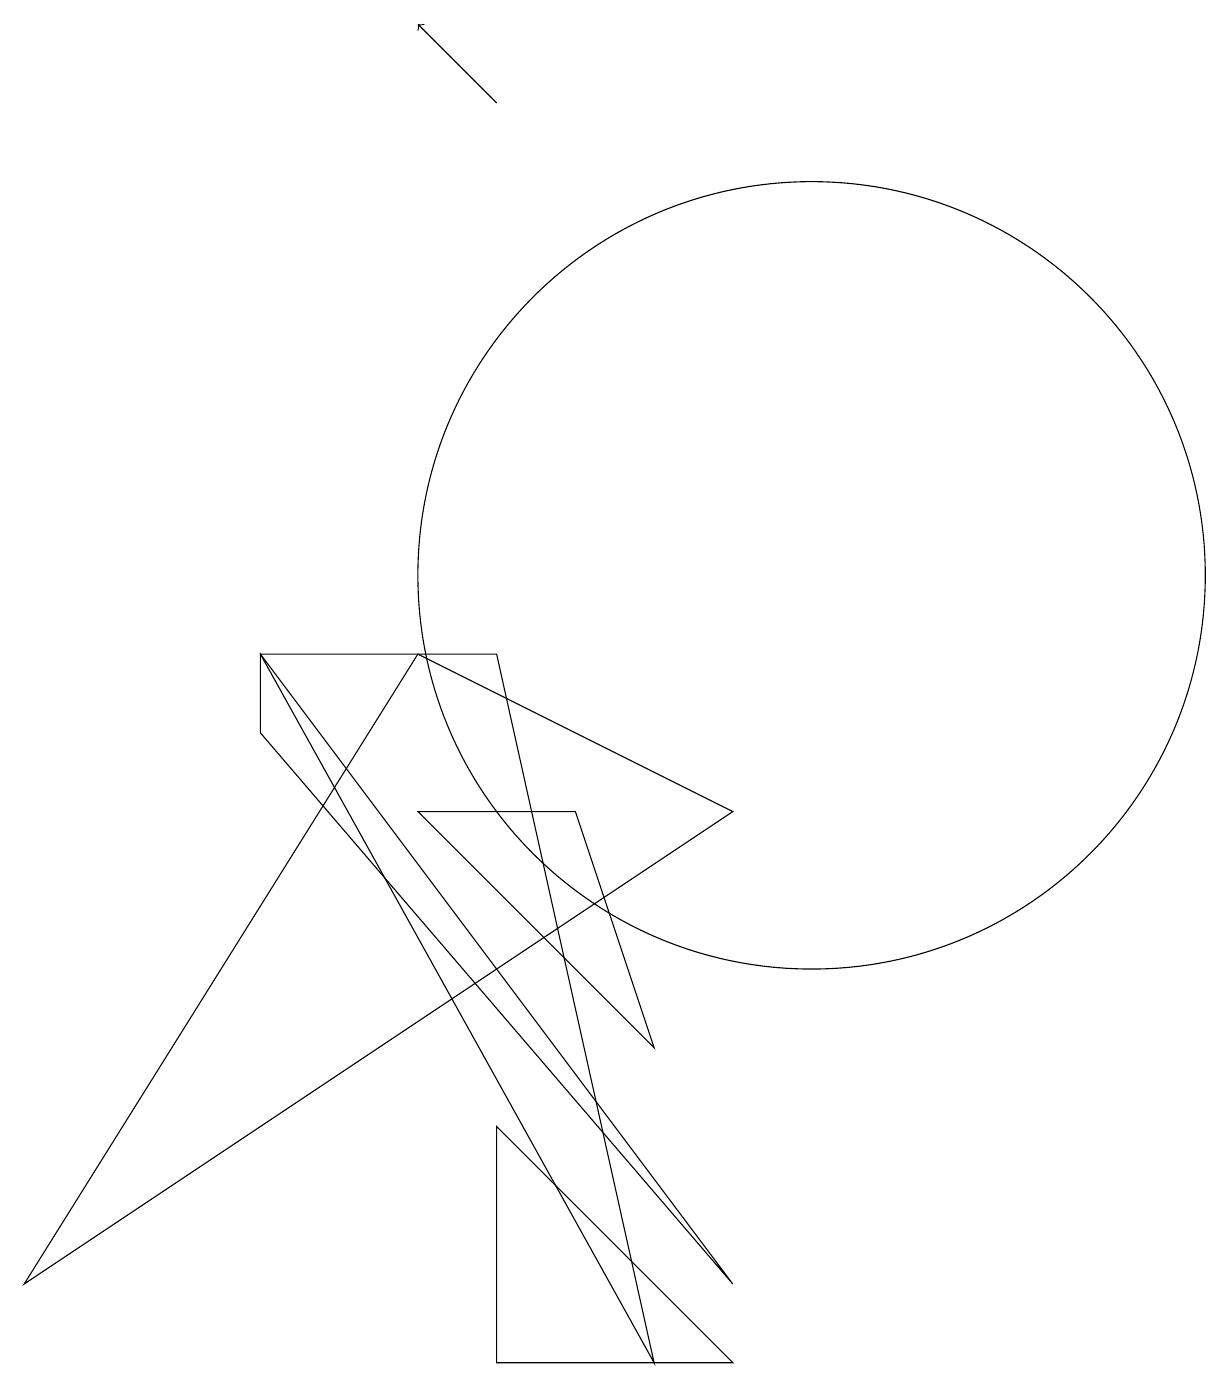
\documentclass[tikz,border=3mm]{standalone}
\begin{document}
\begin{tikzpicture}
\draw (9,0) -- (6,0) -- (6,3) -- cycle;
\draw (0,1) -- (9,7) -- (5,9) -- cycle;
\draw (5,7) -- (7,7) -- (8,4) -- cycle;
\draw (10,10) circle (5);
\draw (3,8) -- (3,9) -- (9,1) -- cycle;
\draw (3,9) -- (8,0) -- (6,9) -- cycle;
\draw[->] (6,16) -- (5,17);
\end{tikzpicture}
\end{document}